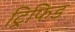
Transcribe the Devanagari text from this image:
ट्रिफिड